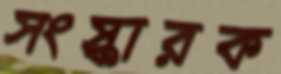
সংস্কারক